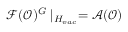
\mathcal { F } ( \mathcal { O } ) ^ { G } \mid _ { H _ { v a c } } = \mathcal { A ( O ) }